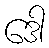
ဒေါ